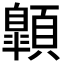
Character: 𩕍